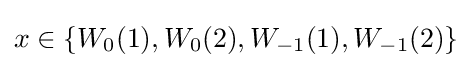
x\in \{W_{0}(1),W_{0}(2),W_{-1}(1),W_{-1}(2)\}